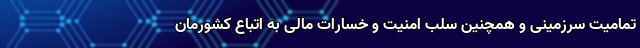
تمامیت سرزمینی و همچنین سلب امنیت و خسارات مالی به اتباع کشورمان